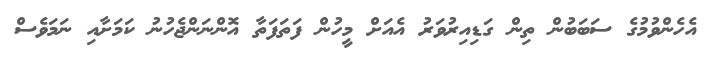
އެހެންވުމުގެ ސަބަބުން ތިން ގަޑިއިރުވަރު އެއަށް މީހުން ފަތަފަތާ އޮންނަންޖެހުނު ކަމަށާއި ނަމަވެސް